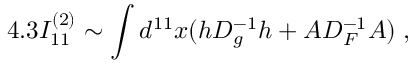
4 . 3 I _ { 1 1 } ^ { ( 2 ) } \sim \int d ^ { 1 1 } x ( h D _ { g } ^ { - 1 } h + A D _ { F } ^ { - 1 } A ) \; ,